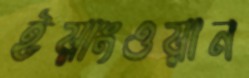
ইয়াংওয়ান